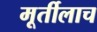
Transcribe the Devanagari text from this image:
मूर्तीलाच